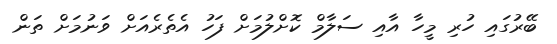
ބޭރުގައި ހުރި މީހާ އާއި ސަލާމް ކޮށްލުމަށް ފަހު އެތެރެއަށް ވަނުމަށް ތަން